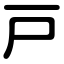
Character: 戸